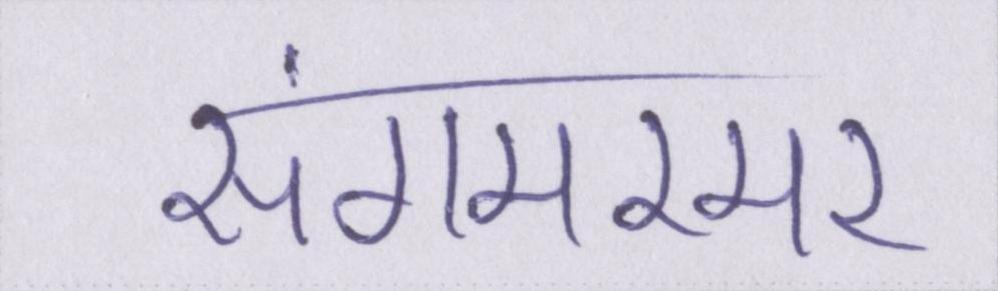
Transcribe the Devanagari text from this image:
संगमरमर